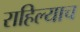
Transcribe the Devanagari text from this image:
राहिल्याच